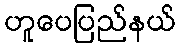
ဟူပေပြည်နယ်